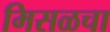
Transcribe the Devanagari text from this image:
मिसळचा